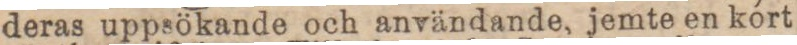
deras uppsökande och användande, jemte en kort